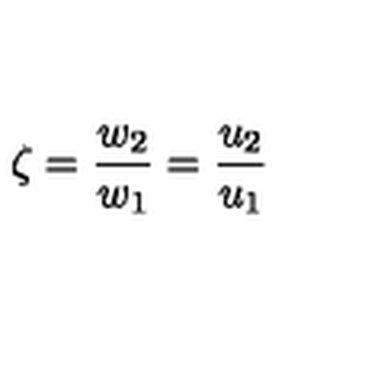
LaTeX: \zeta = \frac { w _ { 2 } } { w _ { 1 } } = \frac { u _ { 2 } } { u _ { 1 } }